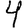
Digit: 4